Report of the Municipal Commissioner on the plague in Bombay for the year ending 31st May... - Volume 2
Disease focus: Plague
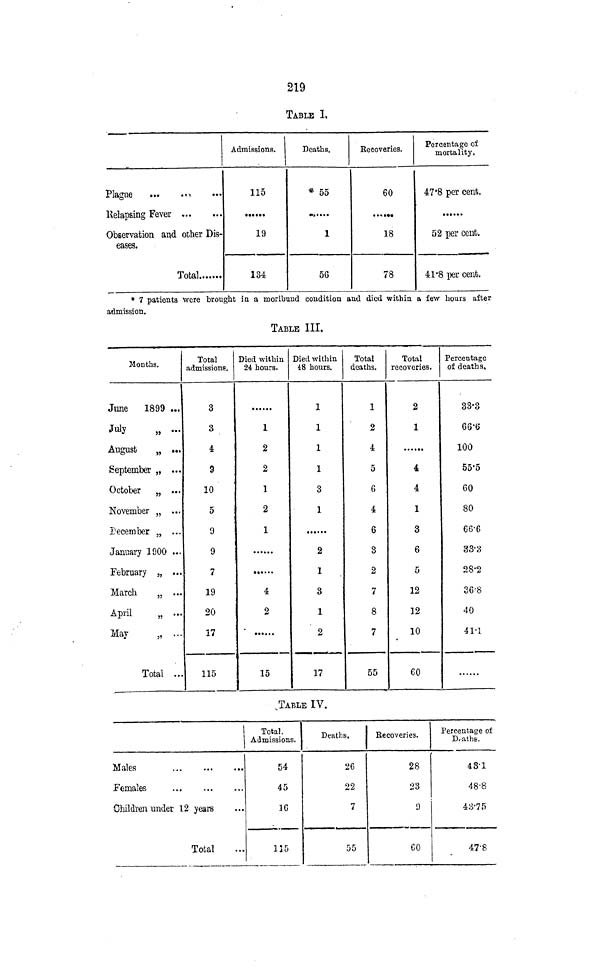
219
TABLE 1,
Plague
...
.11
«••
Observation and other Dis-
eases.
Total
Admissions.
115
19
184
Deaths.
* 55
1
56
Keeoveries.
60
«•«•«•
18
78
Percentage of
mortality.
47*8 per cent.
52 per cent.
41*8 per cent.
* 7 patients were brought in a moribund condition and died within a few hours after
admission.
TABLE III.
Months.
June
1899 ...
July
„ ...
August
„ ...
September „ ...
October
„ ...
November „ ...
December „ ...
January 1900 ...
February }i ...
March
„ ...
April
„ ...
May
„ ...
Total ...
Total
admissions.
3
3
4
9
10
5
9
9
7
19
20
17
115
Died within
24 hours.
......
1
2
2
1
2
1
......
4
2
15
Died within
48 hours.
1
1
1
1
3
1
2
1
3
1
2
17
Total
deaths.
1
2
4
5
6
4
6
3
2
7
8
7
55
Total
recoveries.
2
1
4
4
1
3
6
5
12
12
10
60
Percentage
of deaths.
33-3
66'6
100
55'5
60
80
66-6
33-3
28-2
36-8
40
41-1
JABLE IV.
Vlales
females
Children under 12 years
Total
Total.
Admissions.
54
45
16
135
Deaths.
26
22
7
55
Eecoveries.
28
23
9
60
Percentage of
D<athg.
43-1
48-8
43-75
47'8